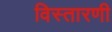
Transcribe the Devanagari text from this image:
विस्तारणी